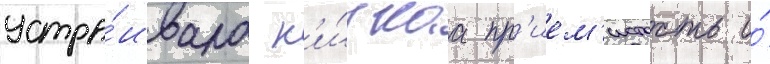
устра́ивала н'и́зкаа пр'ием'истость и́